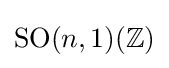
\mathrm {SO} (n,1)(\mathbb {Z} )